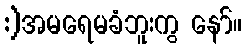
:)အမရေမခံဘူးကွ နော်။